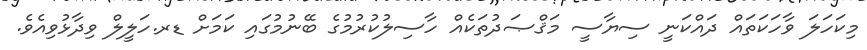
މިކަހަލަ ވާހަކަތައް ދައްކަނީ ސިޔާސީ މަޤްޞަދުތަކެއް ހާސިލުކުރުމުގެ ބޭނުމުގައި ކަމަށް ޑރ.ހަލީލް ވިދާޅުވިއެވެ.